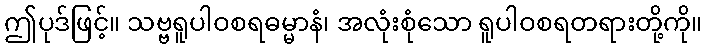
ဤပုဒ်ဖြင့်။ သဗ္ဗရူပါဝစရဓမ္မာနံ၊ အလုံးစုံသော ရူပါဝစရတရားတို့ကို။